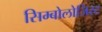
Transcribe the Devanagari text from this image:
सिम्बोलोजिस्ट